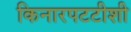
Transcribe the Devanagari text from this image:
किनारपटटीशी